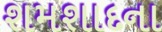
શમશાદના